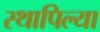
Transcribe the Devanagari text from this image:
स्थापिल्या